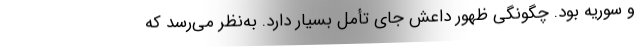
و سوریه بود. چگونگی ظهور داعش جای تأمل بسیار دارد. به‌نظر می‌رسد که